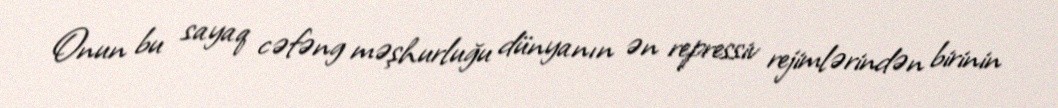
Onun bu sayaq cəfəng məşhurluğu dünyanın ən repressiv rejimlərindən birinin